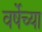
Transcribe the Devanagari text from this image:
वर्षेच्या